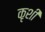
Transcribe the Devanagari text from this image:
कृशी